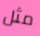
مثل